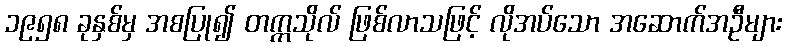
၁၉၅၈ ခုနှစ်မှ အစပြု၍ တက္ကသိုလ် ဖြစ်လာသဖြင့် လိုအပ်သော အဆောက်အဦများ